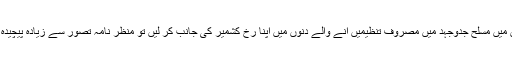
اگر افغانستان میں مسلح جدوجہد میں مصروف تنظیمیں آنے والے دنوں میں اپنا رخ کشمیر کی جانب کر لیں تو منظر نامہ تصور سے زیادہ پیچیدہ ہو جائے گا۔